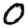
Digit: 0